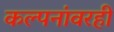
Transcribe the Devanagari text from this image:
कल्पनांवरही